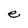
Character: e